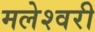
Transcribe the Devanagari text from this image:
मलेश्वरी